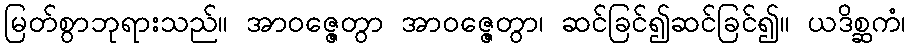
မြတ်စွာဘုရားသည်။ အာဝဇ္ဇေတွာ အာဝဇ္ဇေတွာ၊ ဆင်ခြင်၍ဆင်ခြင်၍။ ယဒိစ္ဆကံ၊